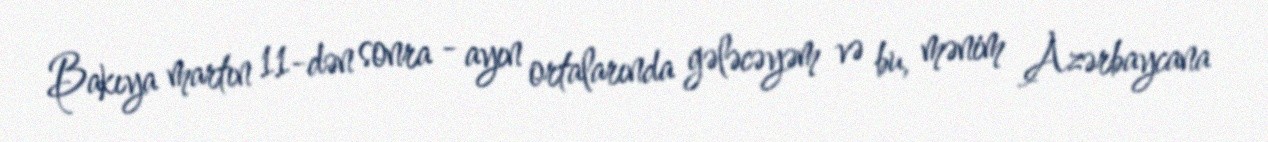
Bakıya martın 11-dən sonra - ayın ortalarında gələcəyəm və bu, mənim Azərbaycana